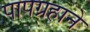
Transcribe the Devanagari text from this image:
पापग्रहाने